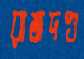
রাজদণ্ড